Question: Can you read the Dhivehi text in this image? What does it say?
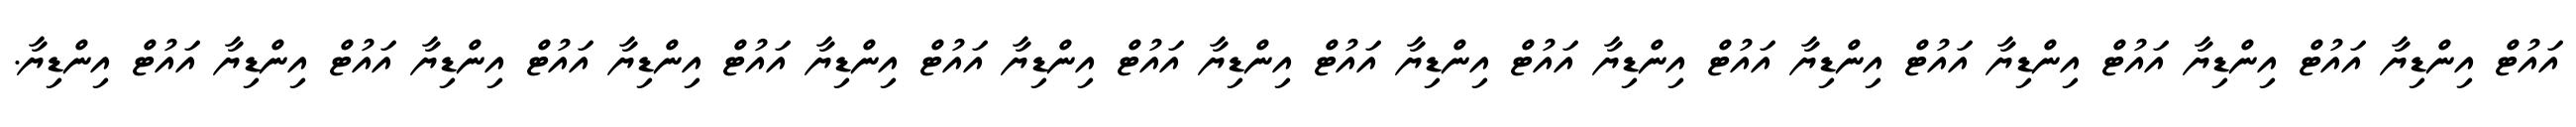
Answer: އައުޓް އިންޑިޔާ އައުޓް އިންޑިޔާ އައުޓް އިންޑިޔާ އައުޓް އިންޑިޔާ އައުޓް އިންޑިޔާ އައުޓް އިންޑިޔާ އައުޓް އިންޑިޔާ އައުޓް އިންޑިޔާ އައުޓް އިންޑިޔާ އައުޓް އިންޑިޔާ އައުޓް އިންޑިޔާ އައުޓް އިންޑިޔާ އައުޓް އިންޑިޔާ.